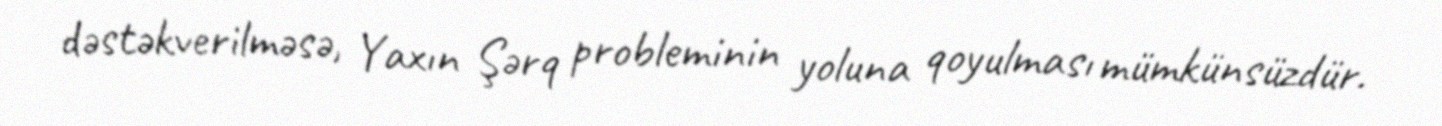
dəstəkverilməsə, Yaxın Şərq probleminin yoluna qoyulması mümkünsüzdür.